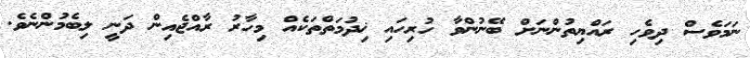
ނަމަވެސް ދިވެހި ރައްޔިތުންނަށް ބޭނުންވާ ހުރިހައި ޚިދުމަތްތަކެއް މިހާރު ރާއްޖެއިން ދަނީ ލިބެމުންނެވެ.